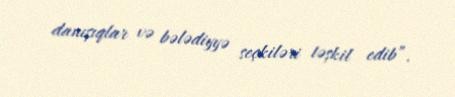
danışıqlar və bələdiyyə seçkiləri təşkil edib”.